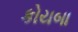
કોયબા